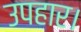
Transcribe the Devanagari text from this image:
उपहार।